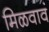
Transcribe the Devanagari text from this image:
मिळवावं